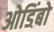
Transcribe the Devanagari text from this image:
ओडिंबो